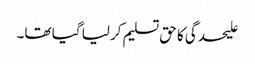
علیحدگی کا حق تسلیم کرلیا گیا تھا۔